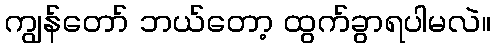
ကျွန်တော် ဘယ်တော့ ထွက်ခွာရပါမလဲ။